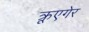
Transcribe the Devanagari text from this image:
क्रूएगेर